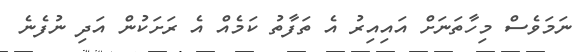
ނަމަވެސް މިހާތަނަށް އައިއިރު އެ ތަފާތު ކަމެއް އެ ރަށަކުން އަދި ނުފެނެ